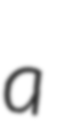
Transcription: a